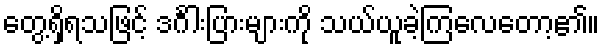
တွေ့ရှိရသဖြင့် ဒင်္ဂါးပြားများကို သယ်ယူခဲ့ကြလေတော့၏။